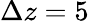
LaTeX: \Delta z=5